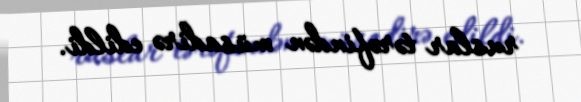
ruslar tərəfindən müsadirə edildi.